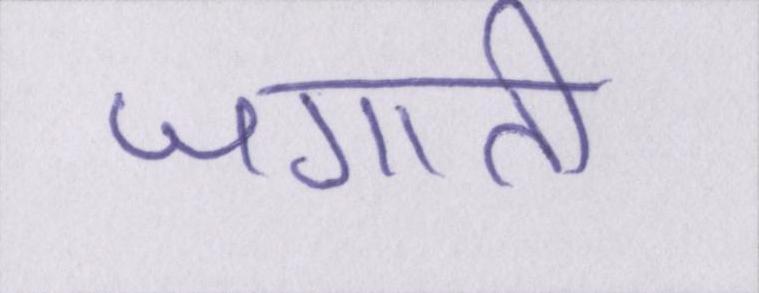
जगाती